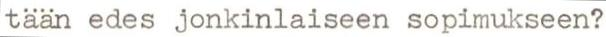
tään edes jonkinlaiseen sopimukseen?